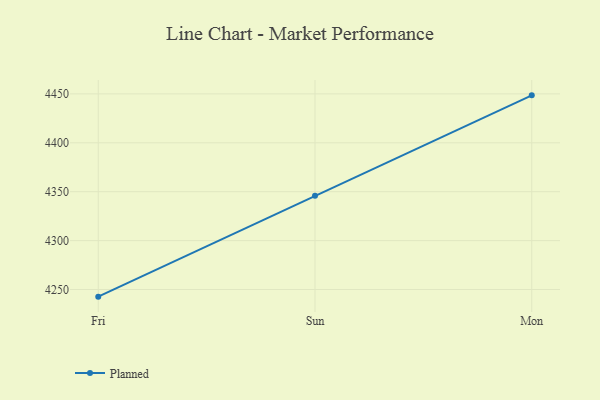
{"axis": {"x": "Day", "y": "Humidity (%)"}, "legend": ["Planned"], "data": [{"x": "Fri", "y": 4242.7, "type": "Planned"}, {"x": "Sun", "y": 4345.9, "type": "Planned"}, {"x": "Mon", "y": 4448.5, "type": "Planned"}]}